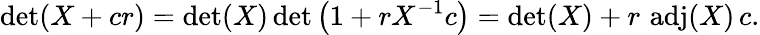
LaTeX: \operatorname*{det}(X+cr)=\operatorname*{det}(X)\operatorname*{det}\left(1+rX^{-1}c\right)=\operatorname*{det}(X)+r\, \operatorname{adj}(X)\, c.